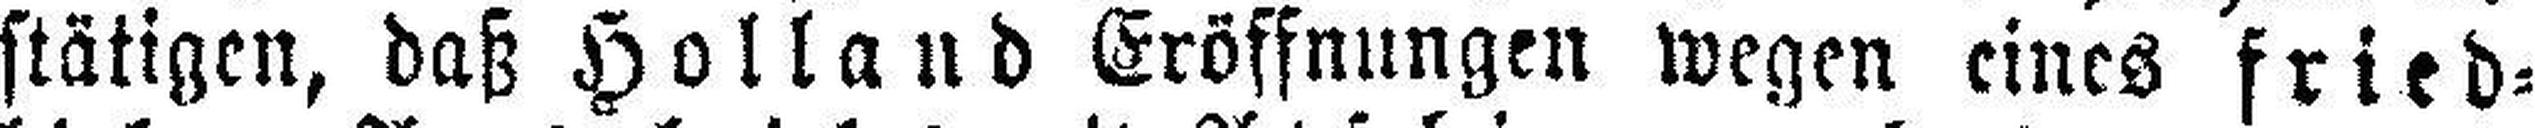
stätigen, daß Holland Eröffnungen wegen eines fried¬